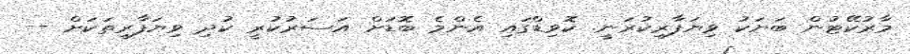
މާރުކޭޓުން ބަޔަކު ވިޔަފާރިކުރަނީ. ކޮވިޑްގައި އެންމެ ބޮޑަށް އަސަރުކުރީ ކުދި ވިޔަފާރިތަކަށް --